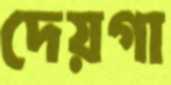
দেয়গা